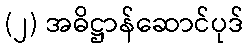
(၂) အဓိဋ္ဌာန်ဆောင်ပုဒ်